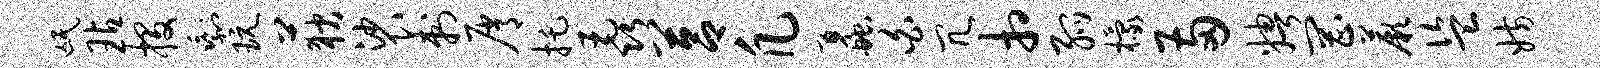
氓玷投剩玩荻裟刺屑托毳莒凡蠡白冗相弧檬两娉罔蕨盗妨